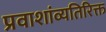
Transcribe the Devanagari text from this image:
प्रवाशांव्यतिरिक्त